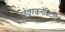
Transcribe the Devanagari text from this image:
ओवरकनेक्टिविटी